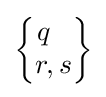
{\begin{Bmatrix}q\ \ \\r,s\end{Bmatrix}}